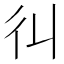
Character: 𢒾